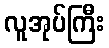
လူအုပ်ကြီး